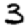
Digit: 3